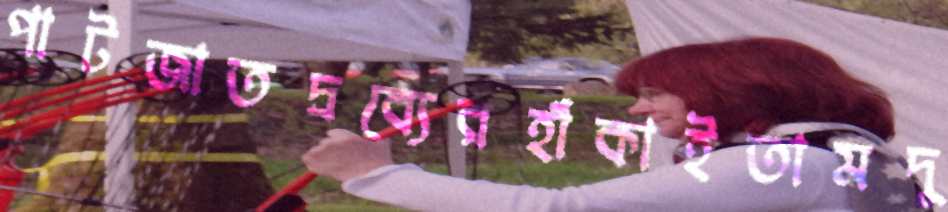
পাটজাতদ্রব্যেরহাঁকাইতামদু